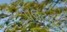
પલટાઇ